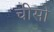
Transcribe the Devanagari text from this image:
चीसो